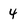
Character: 4